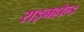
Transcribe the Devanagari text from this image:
राइनहोल्ड